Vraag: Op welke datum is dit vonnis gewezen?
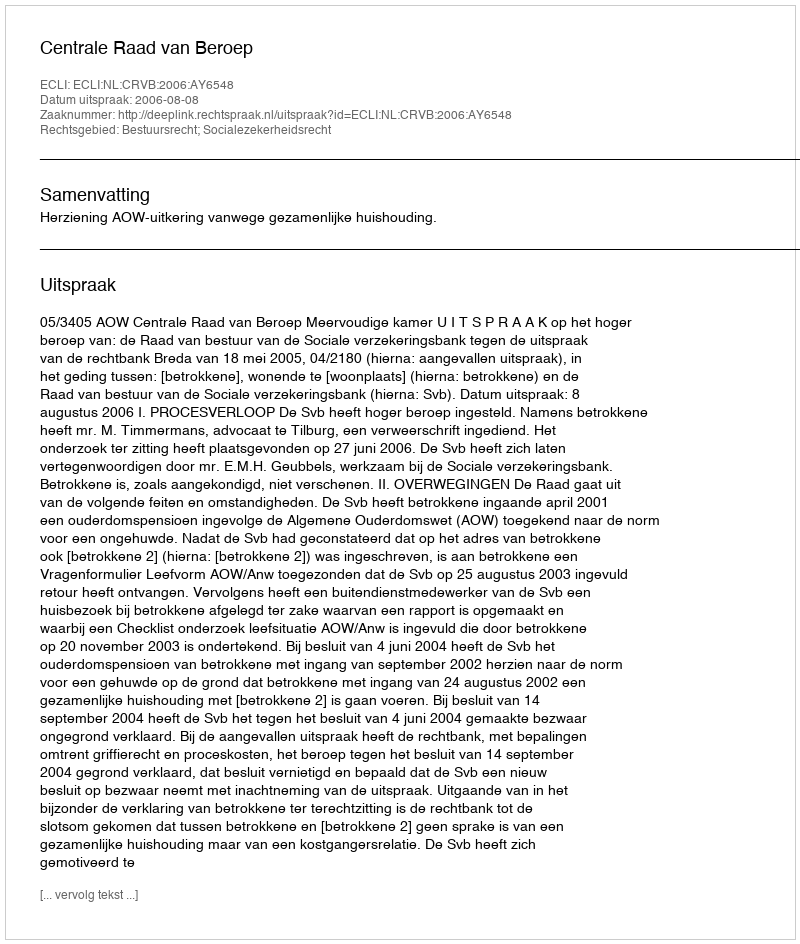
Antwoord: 2006-08-08